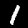
Digit: 1